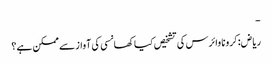
-
ریاض: کرونا وائرس کی تشخیص کیا کھانسی کی آواز سے ممکن ہے؟